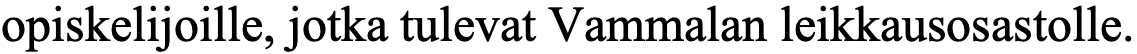
opiskelijoille, jotka tulevat Vammalan leikkausosastolle.